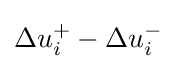
\Delta u_{i}^{+}-\Delta u_{i}^{-}